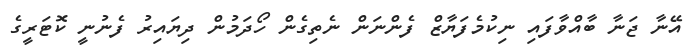
އޭނާ ޖަނާ ބާއްވާފައި ނިކުމެފަޔާޒް ފެންނަން ނެތިގެން ހޯދަމުން ދިޔައިރު ފެނުނީ ކޮޓަރީގެ